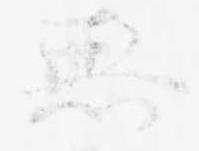
無